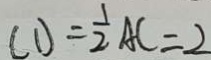
( 1 ) = \frac { 1 } { 2 } A C = 2